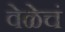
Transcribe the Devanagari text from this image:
वेळेचं